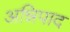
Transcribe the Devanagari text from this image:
अन्निपाद